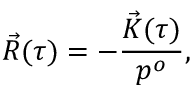
\vec { R } ( \tau ) = - \frac { \vec { K } ( \tau ) } { p ^ { o } } ,